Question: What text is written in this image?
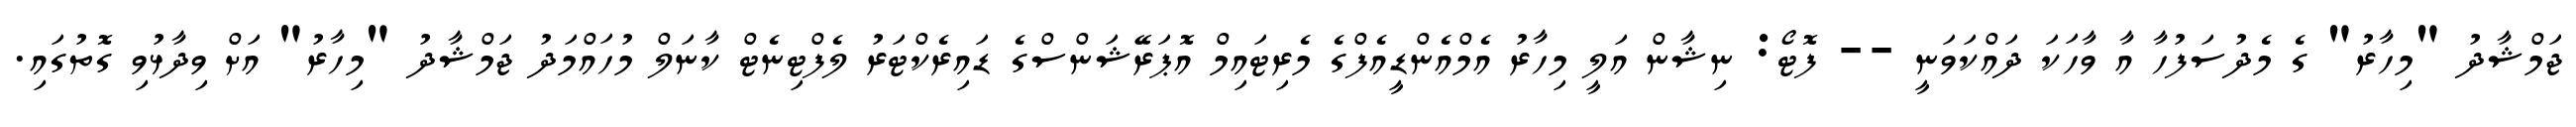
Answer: ޖަމްޝާދު "މިހާރު" ގެ މެދުސަފުހާ އާ ވާހަކަ ދައްކަވަނީ -- ފޮޓޯ: ނިޝާން އަލީ މިހާރު އެމްއެންޑީއެފްގެ މެރިޓައިމް އޮޕަރޭޝަންސްގެ ޑައިރެކްޓަރު ލެފްޓިނެޓް ކާނަލް މުހައްމަދު ޖަމްޝާދު "މިހާރު" އަށް ވިދާޅުވި ގޮތުގައި.